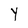
Character: Y